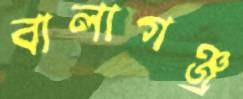
বালাগঞ্জ্র